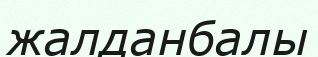
жалданбалы